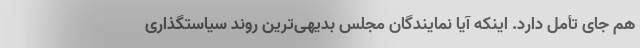
هم جای تأمل دارد. اینکه آیا نمایندگان مجلس بدیهی‌ترین روند سیاستگذاری